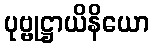
ပုဗ္ဗုဋ္ဌာယိနိယော